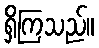
ရှိကြသည်။